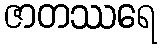
ဇာတဿရေ